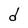
Character: d